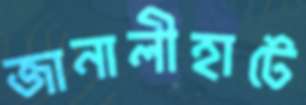
জানালীহাটে